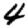
Digit: 4